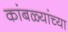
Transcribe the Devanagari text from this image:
कांबळ्यांच्या